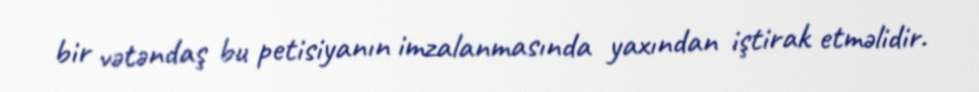
bir vətəndaş bu petisiyanın imzalanmasında yaxından iştirak etməlidir.